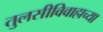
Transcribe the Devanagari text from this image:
तुलसीविवाहाच्या